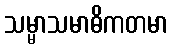
သမ္မာသမာဓိကတမာ